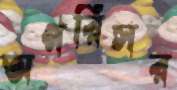
অপরিসর